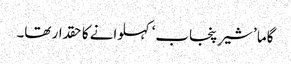
گاما ’شیرِ پنجاب‘ کہلوانے کا حقدار تھا۔